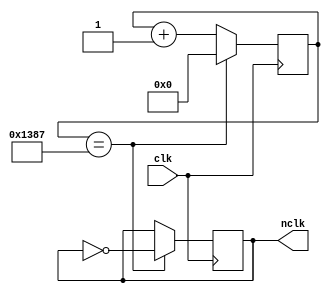
`timescale 1ns / 1ps

module clk_div(
    input clk,
    output reg nclk
);
    localparam DIVIDER = 5000;

    reg [19:0] counter;

    // Initialize the counter and nclk
    initial begin
        counter = 0;
        nclk = 0;
    end

    // Clock divider logic
    always @(posedge clk) begin
        if (counter == DIVIDER - 1) begin
            counter <= 0;
            nclk <= ~nclk; // Toggle nclk
        end else begin
            counter <= counter + 1;
        end
    end

endmodule